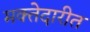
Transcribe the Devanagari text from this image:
मक्तेदारीत